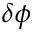
\delta \phi